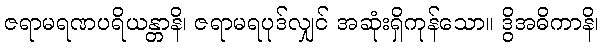
ဇရာမရဏပရိယန္တာနိ၊ ဇရာမရပုဒ်လျှင် အဆုံးရှိကုန်သော။ ဒွိအဓိကာနိ၊